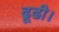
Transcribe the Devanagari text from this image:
ढूढी।